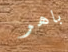
باهر